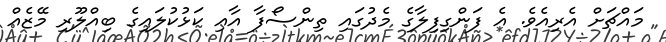
މައްޗަށް އެރިއެވެ. އެ ފަންގިފިލާގެ މެދުގައި ތިންސޯފާ އާއި ކަޅުކުލައިގެ ބިއްލޫރި މޭޒެއް